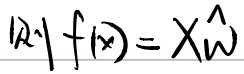
则 \(f(x)=x\hat{w}\)